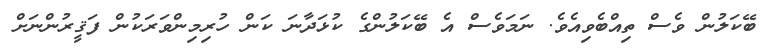
ބޭކަލުން ވެސް ތިއްބެވިއެވެ. ނަމަވެސް އެ ބޭކަލުންގެ ކުޅަދާނަ ކަން ހުރިމިންވަރަކުން ފަޤީރުންނަށް